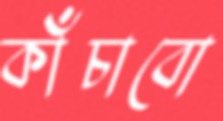
কাঁচাবো